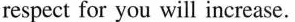
respect for you will increase.